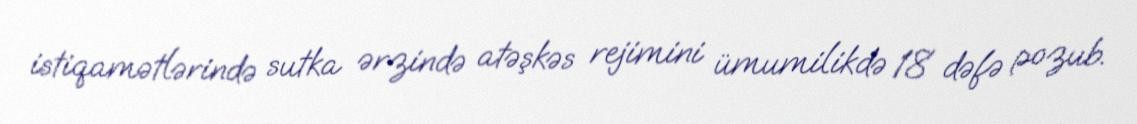
istiqamətlərində sutka ərzində atəşkəs rejimini ümumilikdə 18 dəfə pozub.